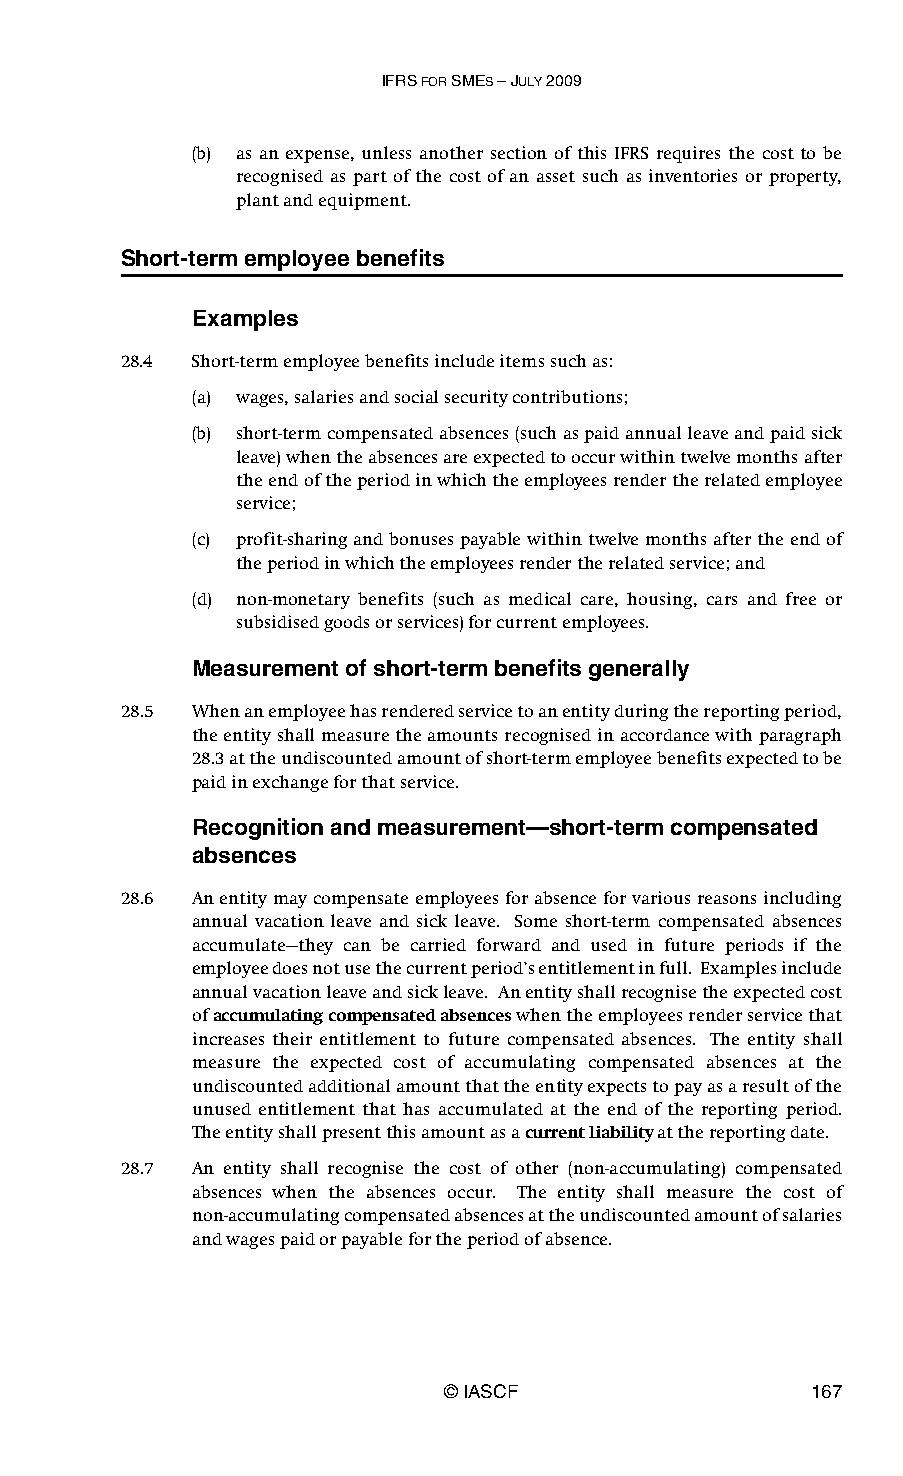
IFRS FOR SMES – JULY 2009
 (b) as an expense, unless another section of this IFRS requires the cost to be
 recognised as part of the cost of an asset such as inventories or property,
 plant and equipment.
 Short-term employee benefits
 Examples
 28.4 Short-term employee benefits include items such as:
 (a) wages, salaries and social security contributions;
 (b) short-term compensated absences (such as paid annual leave and paid sick
 leave) when the absences are expected to occur within twelve months after
 the end of the period in which the employees render the related employee
 service;
 (c) profit-sharing and bonuses payable within twelve months after the end of
 the period in which the employees render the related service; and
 (d) non-monetary benefits (such as medical care, housing, cars and free or
 subsidised goods or services) for current employees.
 Measurement of short-term benefits generally
 28.5 When an employee has rendered service to an entity during the reporting period,
 the entity shall measure the amounts recognised in accordance with paragraph
 28.3 at the undiscounted amount of short-term employee benefits expected to be
 paid in exchange for that service.
 Recognition and measurement—short-term compensated
 absences
 28.6 An entity may compensate employees for absence for various reasons including
 annual vacation leave and sick leave. Some short-term compensated absences
 accumulate—they can be carried forward and used in future periods if the
 employee does not use the current period’s entitlement in full. Examples include
 annual vacation leave and sick leave. An entity shall recognise the expected cost
 of accumulating compensated absences when the employees render service that
 increases their entitlement to future compensated absences. The entity shall
 measure the expected cost of accumulating compensated absences at the
 undiscounted additional amount that the entity expects to pay as a result of the
 unused entitlement that has accumulated at the end of the reporting period.
 Theentity shall present this amount as a current liability at the reporting date.
 28.7 An entity shall recognise the cost of other (non-accumulating) compensated
 absences when the absences occur. The entity shall measure the cost of
 non-accumulating compensated absences at the undiscounted amount of salaries
 and wages paid or payable for the period of absence.
 © IASCF                 167